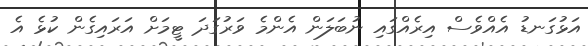
އަޅުގަނޑު އެއްވެސް އިރެއްގައި ނުބަލަން އެންމެ ވަރުގަދަ ޓީމަށް އަރައިގެން ކުޅެ އެ